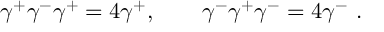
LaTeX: \gamma ^ { + } \gamma ^ { - } \gamma ^ { + } = 4 \gamma ^ { + } , \qquad \gamma ^ { - } \gamma ^ { + } \gamma ^ { - } = 4 \gamma ^ { - } \ .